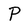
Character: P